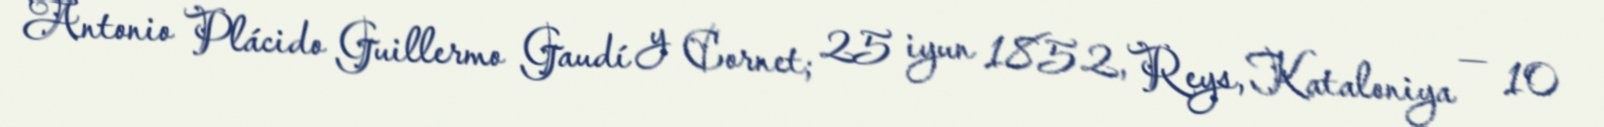
Antonio Plácido Guillermo Gaudí y Cornet; 25 iyun 1852, Reys, Kataloniya — 10